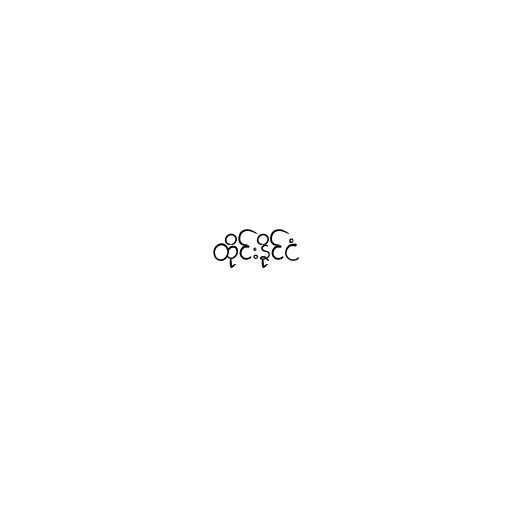
ထိုင်းနိုင်ငံ